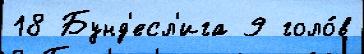
18 Бунд'есл'ига 9 голо́в